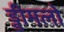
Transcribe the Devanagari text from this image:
ड्डीमलो